Vaccination in Burma 1920-1933 - 1920-1933
Year: 1920
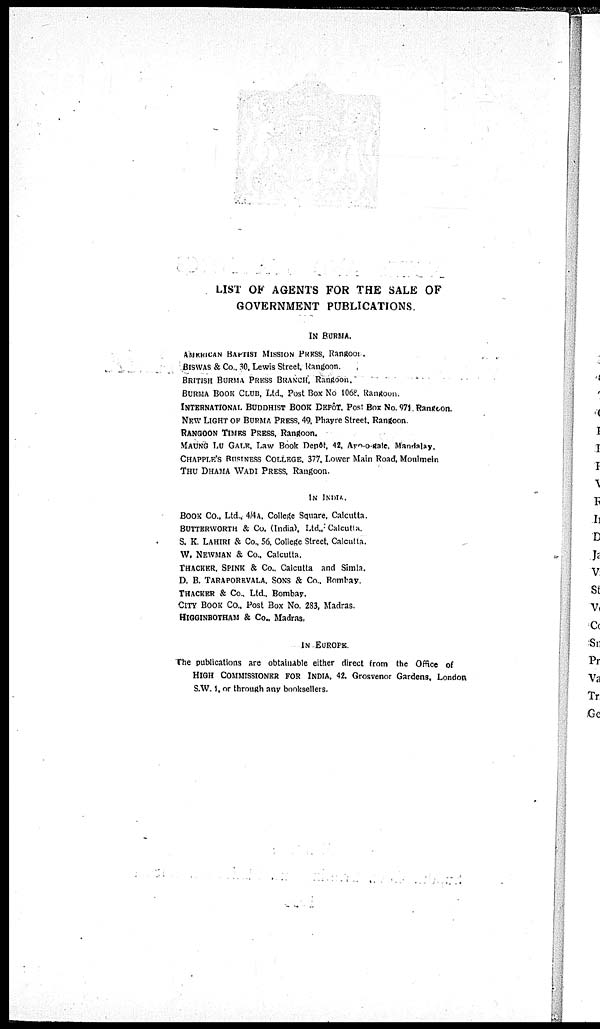
LIST OF AGENTS FOR THE SALE OF
GOVERNMENT PUBLICATIONS.
IN BURMA.
AMERICAN BAPTIST MISSION PRESS, Rangoon .
BISWAS & Co., 30. Lewis Street, Rangoon.
BRITISH BURMA PRESS BRANCH, Rangoon.
BURMA BOOK CLUB, Ltd, Post Box No 1068. Rangoon.
INTERNATIONAL BUDDHIST BOOK DEPÔT. Post Box No.971.Rangoon.
NEW LIGHT OF BURMA PRESS, 49, Phayre Street. Rangoon.
RANGOON TIMES PRESS, Rangoon.
MAUNG LU GALE, Law Book Depôt, 42, Ayo-o-gale, Mandalay.
CHAPPLE'S RUSINESS COLLEGE, 377, Lower Main Road, Moulmein
THU DHAMA WADI PRESS, Rangoon.
IN INDIA.
BOOK CO., Ltd., 4/4A. College Square, Calcutta.
BUTTBRWORTH & Co. (India), Ltd., Calcutta.
S. K. LAHIRI & Co., 56. College Street, Calcutta.
W. NEWMAN & Co., Calcutta.
THACKER, SPINK & Co., Calcutta and Simla.
D. B. TARAPOREVALA. SONS & Co., Bombay.
THACKER & Co., Ltd., Bombay.
CITY BOOK CO., Post Box No. 283, Madras.
HIGGINBOTHAM & Co., Madras.
IN EUROPE.
The publications are obtainable either direct from the Office of
HIGH COMMISSIONER FOR INDIA, 42. Grosvenor Gardens, London
S.W. 1, or through any booksellers.